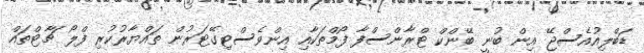
ޑަބްލިއުއެސްޖޭ އިން ބުނީ ބޭންކް ޓްރާންސްފާ ފޯމްތަކާއި އިންވެސްޓިގޭޓަރުން ތައްޔާރުކުރި ފްލޯ ޗާޓްތައް